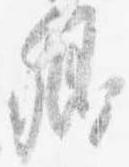
卿